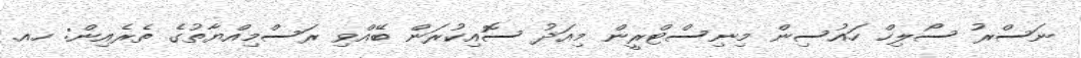
ނަސްރު ސޯލިހް ހައުސިން މިނިސްޓްރީން މިއަދު ސޮއިކުރަން ބޭއްވި ރަސްމިއްޔާތުގެ ތެރެއިން: ހއ.